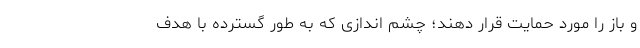
و باز را مورد حمایت قرار دهند؛ چشم اندازی که به طور گسترده با هدف